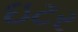
ઇટર